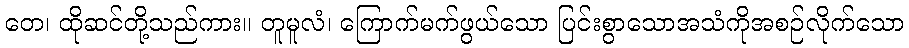
တေ၊ ထိုဆင်တို့သည်ကား။ တူမူလံ၊ ကြောက်မက်ဖွယ်သော ပြင်းစွာသောအသံကိုအစဉ်လိုက်သော